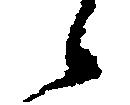
候